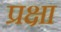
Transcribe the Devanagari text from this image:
प्रक्षा